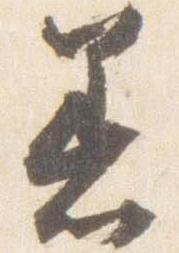
着